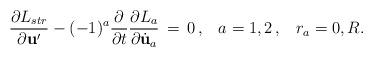
LaTeX: \begin{align*}\frac{\partial L_{str}}{\partial{\bf u}'}-(-1)^{a}\frac{\partial}{\partial t}\frac{\partial L_{a}}{\partial\dot{\bf u}_{a}}\,=\,0\,{,}\quad a=1,2\,{,} \quad r_a=0,R.\end{align*}